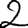
Digit: 2